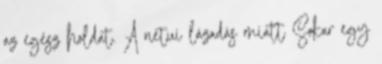
az egész holdat. A netui lázadás miatt Sokar egy